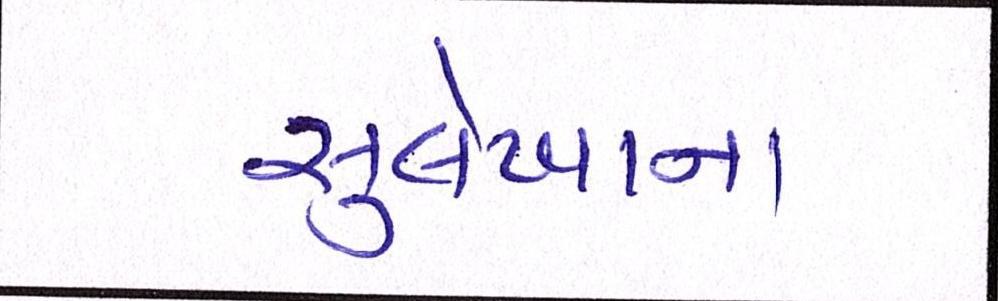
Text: સુલેખાના